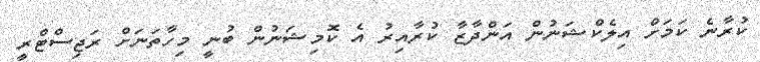
ކުރާނެ ކަމަށް އިލެކްޝަނުން އަންދާޒާ ކުރާއިރު އެ ކޮމިޝަނުން ބުނީ މިހާތަނަށް ރަޖިސްޓްރީ